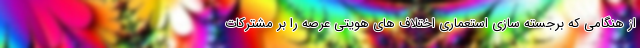
از هنگامی که برجسته سازی استعماریِ اختلاف های هویتی عرصه را بر مشترکات